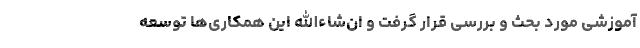
آموزشی مورد بحث و بررسی قرار گرفت و ان‌شاءالله این همکاری‌ها توسعه